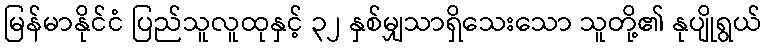
မြန်မာနိုင်ငံ ပြည်သူလူထုနှင့် ၃၂ နှစ်မျှသာရှိသေးသော သူတို့၏ နုပျိုရွယ်